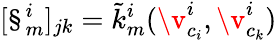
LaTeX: [\S_{m}^{i}]_{jk}=\tilde{k}_{m}^{i}(\v_{c_{i}}^{i},\v_{c_{k}}^{i})